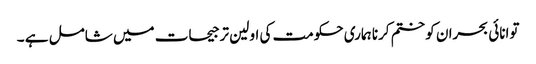
توانائی بحران کو ختم کرنا ہماری حکومت کی اولین ترجیحات میں شامل ہے ۔